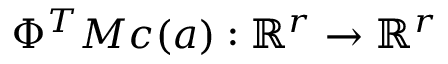
\Phi ^ { T } M \boldsymbol { c } ( \boldsymbol { a } ) : \mathbb { R } ^ { r } \rightarrow \mathbb { R } ^ { r }